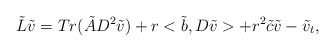
\begin{align*}\tilde L \tilde v = Tr(\tilde A D^2 \tilde v) + r <\tilde b,D \tilde v> + r^2 \tilde c \tilde v - \tilde v_t,\end{align*}